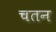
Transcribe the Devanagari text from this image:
चतन